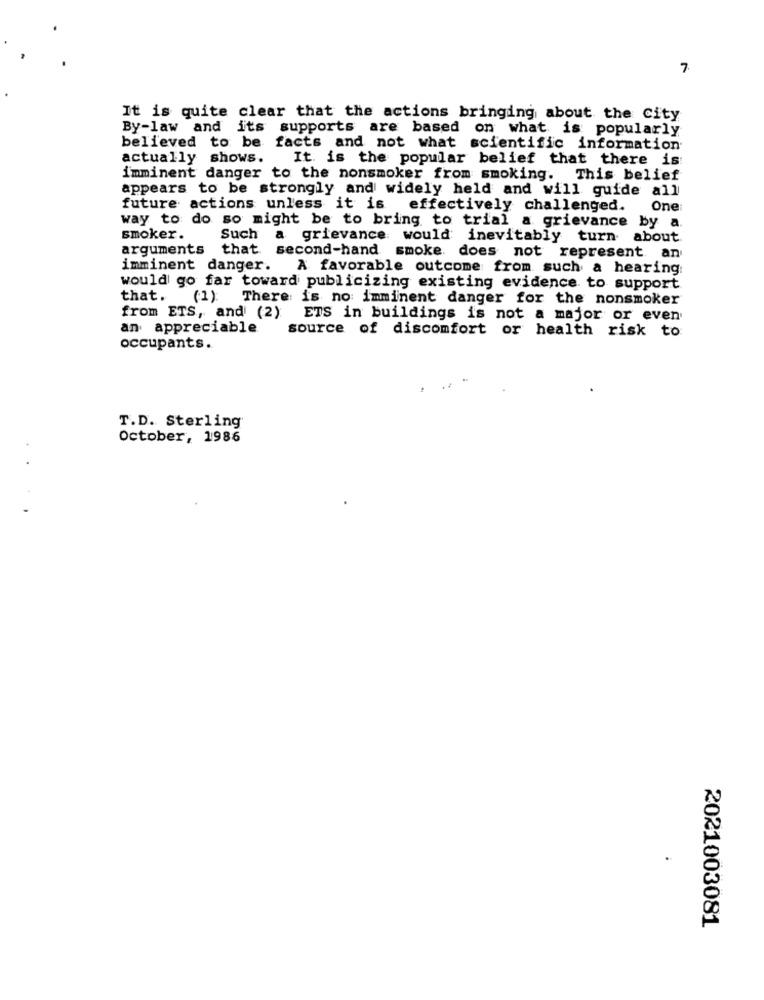
7.
It is quite clear that the actions bringing about the City
By-law and its supports are based on what is popularly
believed to be facts and not what scientific information
actually shows.
It. is the popular belief that there is:
imminent danger to the nonsmoker from smoking. This belief
appears to be strongly and widely held and will guide all
future actions unless it is effectively challenged.
One
way to do so might be to bring to trial a grievance by a
smoker.
Such a grievance would inevitably turn about
arguments that second-hand smoke does not represent an
imminent danger.
A favorable outcome from such a hearing
would go far toward publicizing existing evidence to support
that.
(1)
There is no imminent danger for the nonsmoker
from ETS, and (2) ETS in buildings is not a major or even
an appreciable
source of discomfort or health risk to
occupants.
T.D. Sterling
October, 1986
2021003081